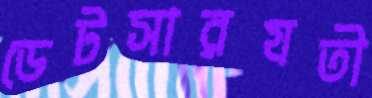
ডেটসারযতী